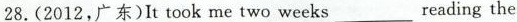
28.(2012,广东)It took me two weeks_reading the